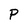
Character: P